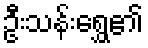
ဦးသန်းရွှေ၏